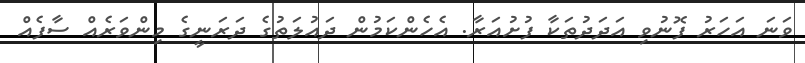
ވަނަ އަހަރު ފޮނުވި އަދަދުތަކާ ފުށުއަރާ. އެހެންކަމުން ދައުލަތުގެ ދަރަނީގެ މިންވަރެއް ސާފެއް